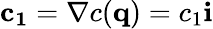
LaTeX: \mathbf{c_{1}}=\nabla c(\mathbf{q})=c_{1}\mathbf{i}